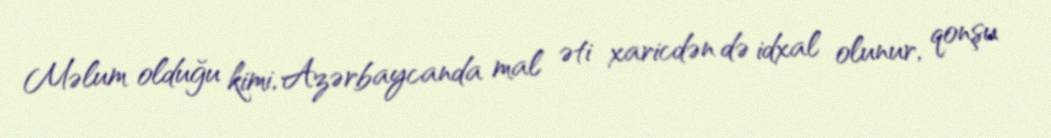
Məlum olduğu kimi, Azərbaycanda mal əti xaricdən də idxal olunur, qonşu